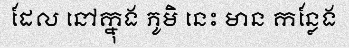
ដែល នៅក្នុង ភូមិ នេះ មាន កន្លែង